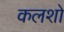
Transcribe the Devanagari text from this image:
कलशो